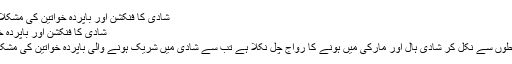
شادی کا فنکشن اور باپردہ خواتین کی مشکلات - بشارت حمید - Daleel.Pk
شادی کا فنکشن اور باپردہ خواتین کی مشکلات - بشارت حمید
جب سے شادی کے فنکشن گلی محلوں سے نکل کر شادی ہال اور مارکی میں ہونے کا رواج چل نکلا ہے تب سے شادی میں شریک ہونے والی باپردہ خواتین کی مشکلات میں اضافہ ہوتا چلاجارہا ہے۔